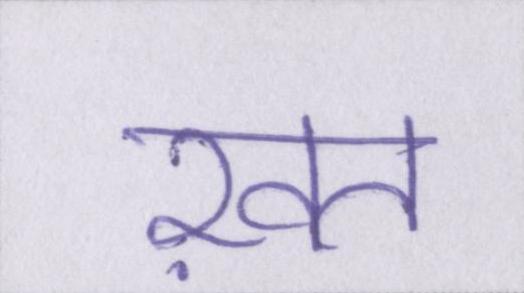
ख़त